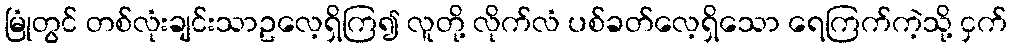
မြုံတွင် တစ်လုံးချင်းသာဥလေ့ရှိကြ၍ လူတို့ လိုက်လံ ပစ်ခတ်လေ့ရှိသော ရေကြက်ကဲ့သို့ ငှက်